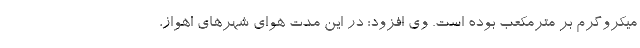
میکروگرم بر مترمکعب بوده است. وی افزود: در این مدت هوای شهرهای اهواز،